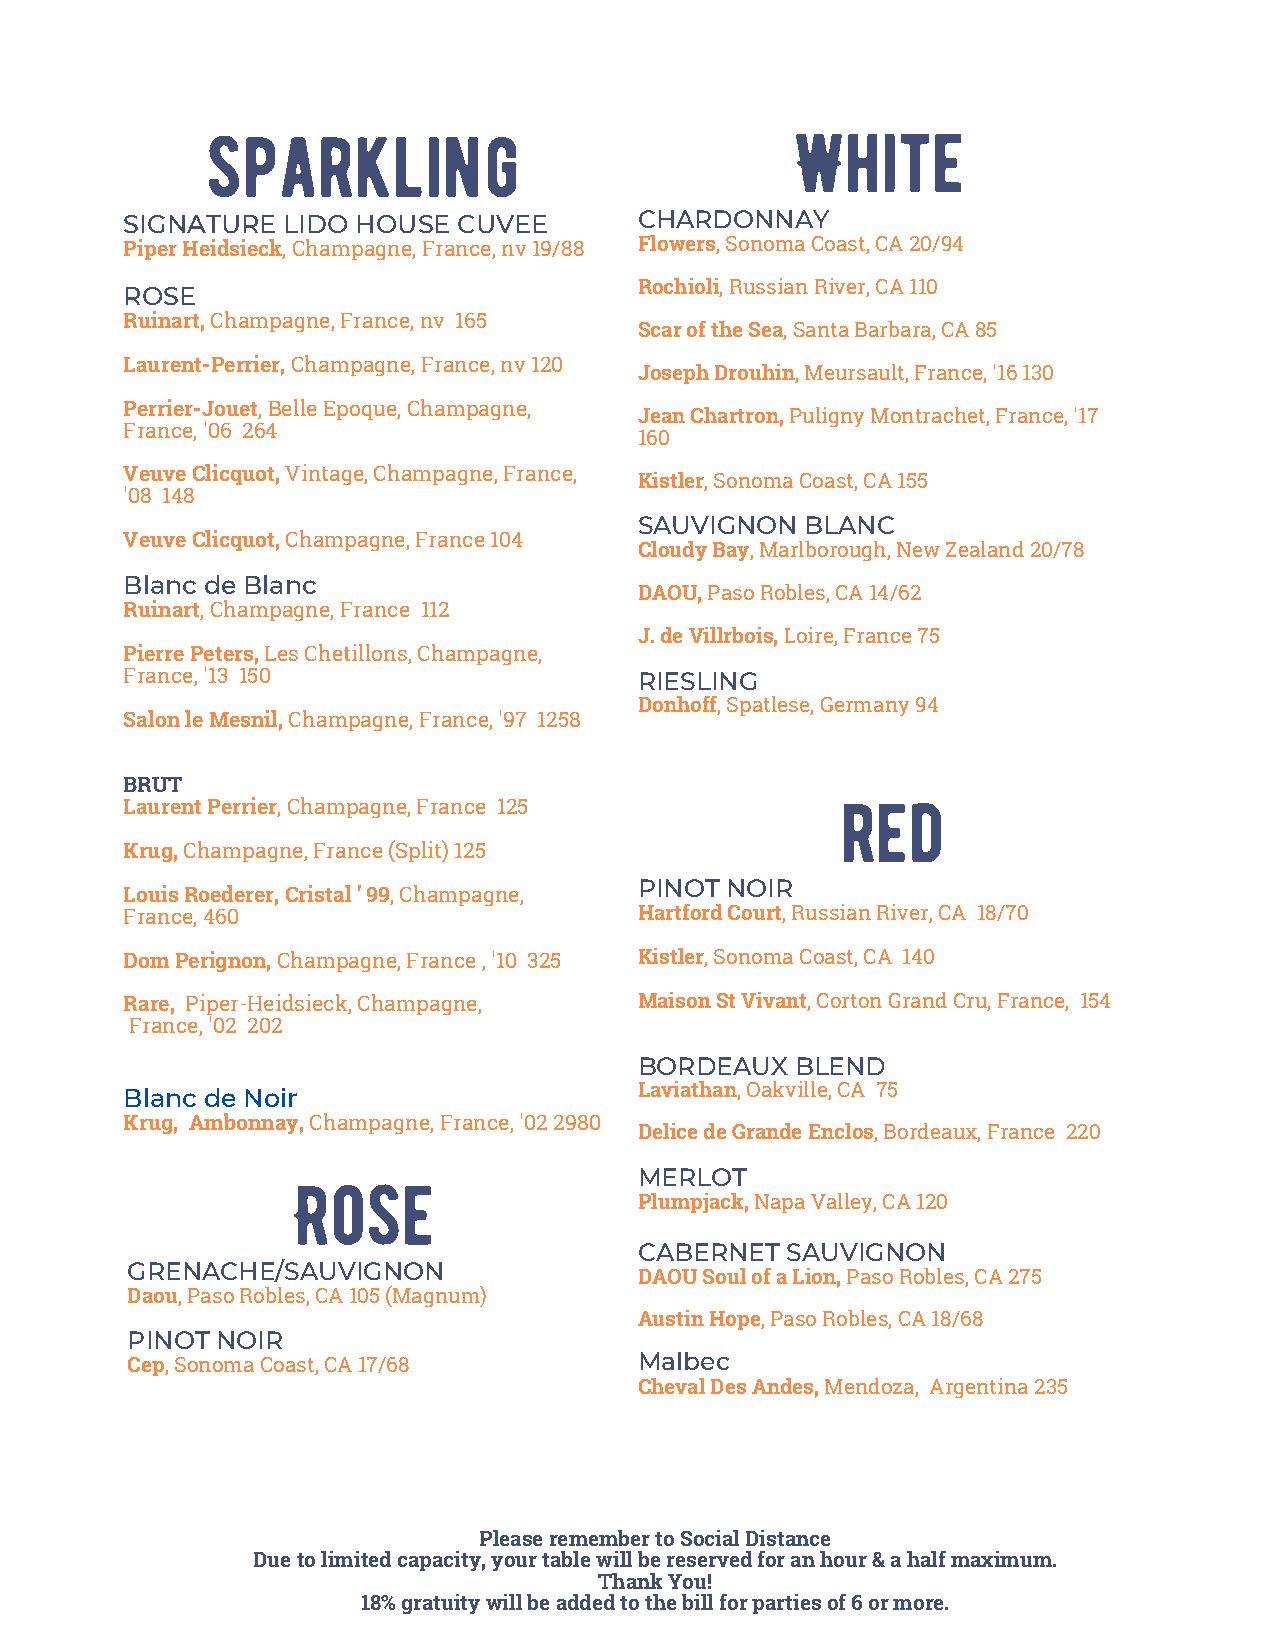
sparkling                             White
 SIGNATURE  LIDO HOUSE CUVEE       CHARDONNAY
 Piper Heidsieck, Champagne, France, nv 19/88 Flowers, Sonoma Coast, CA 20/94
 Rochioli, Russian River, CA 110
 ROSE
 Ruinart, Champagne, France, nv 165
 Scar of the Sea, Santa Barbara, CA 85
 Laurent-Perrier, Champagne, France, nv 120
 Joseph Drouhin, Meursault, France, '16 130
 Perrier-Jouet, Belle Epoque, Champagne,
 Jean Chartron, Puligny Montrachet, France, '17
 France, '06 264
 160
 Veuve Clicquot, Vintage, Champagne, France,
 Kistler, Sonoma Coast, CA 155
 '08 148
 SAUVIGNON  BLANC
 Veuve Clicquot, Champagne, France 104
 Cloudy Bay, Marlborough, New Zealand 20/78
 Blanc de Blanc
 DAOU, Paso Robles, CA 14/62
 Ruinart, Champagne, France 112
 J. de Villrbois, Loire, France 75
 Pierre Peters, Les Chetillons, Champagne,
 France, '13 150                   RIESLING
 Donhoff, Spatlese, Germany 94
 Salon le Mesnil, Champagne, France, '97 1258
 BRUT                                            red
 Laurent Perrier, Champagne, France 125
 Krug, Champagne, France (Split) 125
 PINOT NOIR
 Louis Roederer, Cristal ' 99, Champagne,
 France, 460                       Hartford Court, Russian River, CA 18/70
 Dom Perignon, Champagne, France , '10 325 Kistler, Sonoma Coast, CA 140
 Rare, Piper-Heidsieck, Champagne, Maison St Vivant, Corton Grand Cru, France, 154
 France, '02 202
 BORDEAUX   BLEND
 Blanc de Noir                     Laviathan, Oakville, CA 75
 Krug, Ambonnay, Champagne, France, '02 2980
 Delice de Grande Enclos, Bordeaux, France 220
 Rose                   MERLOT
 Plumpjack, Napa Valley, CA 120
 CABERNET  SAUVIGNON
 GRENACHE/SAUVIGNON
 DAOU Soul of a Lion, Paso Robles, CA 275
 Daou, Paso Robles, CA 105 (Magnum)
 Austin Hope, Paso Robles, CA 18/68
 PINOT NOIR
 Cep, Sonoma Coast, CA 17/68       Malbec
 Cheval Des Andes, Mendoza, Argentina 235
 Please remember to Social Distance
 Due to limited capacity, your table will be reserved for an hour & a half maximum.
 Thank You!
 18% gratuity will be added to the bill for parties of 6 or more.